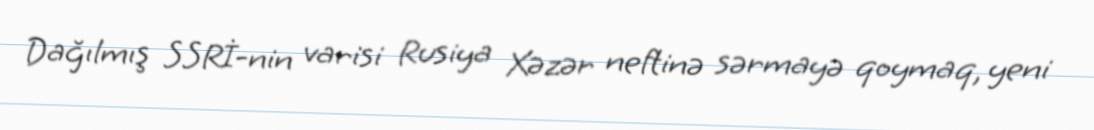
Dağılmış SSRİ-nin varisi Rusiya Xəzər neftinə sərmayə qoymaq, yeni